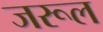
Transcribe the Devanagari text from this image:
जरूल